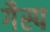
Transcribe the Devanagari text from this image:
गैस्प